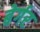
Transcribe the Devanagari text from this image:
बेर्गर